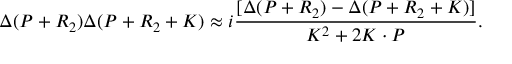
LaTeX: \Delta ( P + R _ { 2 } ) \Delta ( P + R _ { 2 } + K ) \approx i \frac { [ \Delta ( P + R _ { 2 } ) - \Delta ( P + R _ { 2 } + K ) ] } { K ^ { 2 } + 2 K \cdot P } .